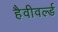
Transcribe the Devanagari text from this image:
हैवीवर्ल्ड